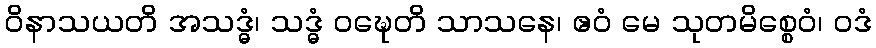
ဝိနာသယတိ အသဒ္ဓံ၊ သဒ္ဓံ ဝဍ္ဎေတိ သာသနေ၊ ဧဝံ မေ သုတမိစ္စေဝံ၊ ဝဒံ